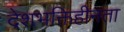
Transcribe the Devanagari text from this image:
देशभक्तिहीनता